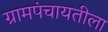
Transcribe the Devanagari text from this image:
ग्रामपंचायतीला